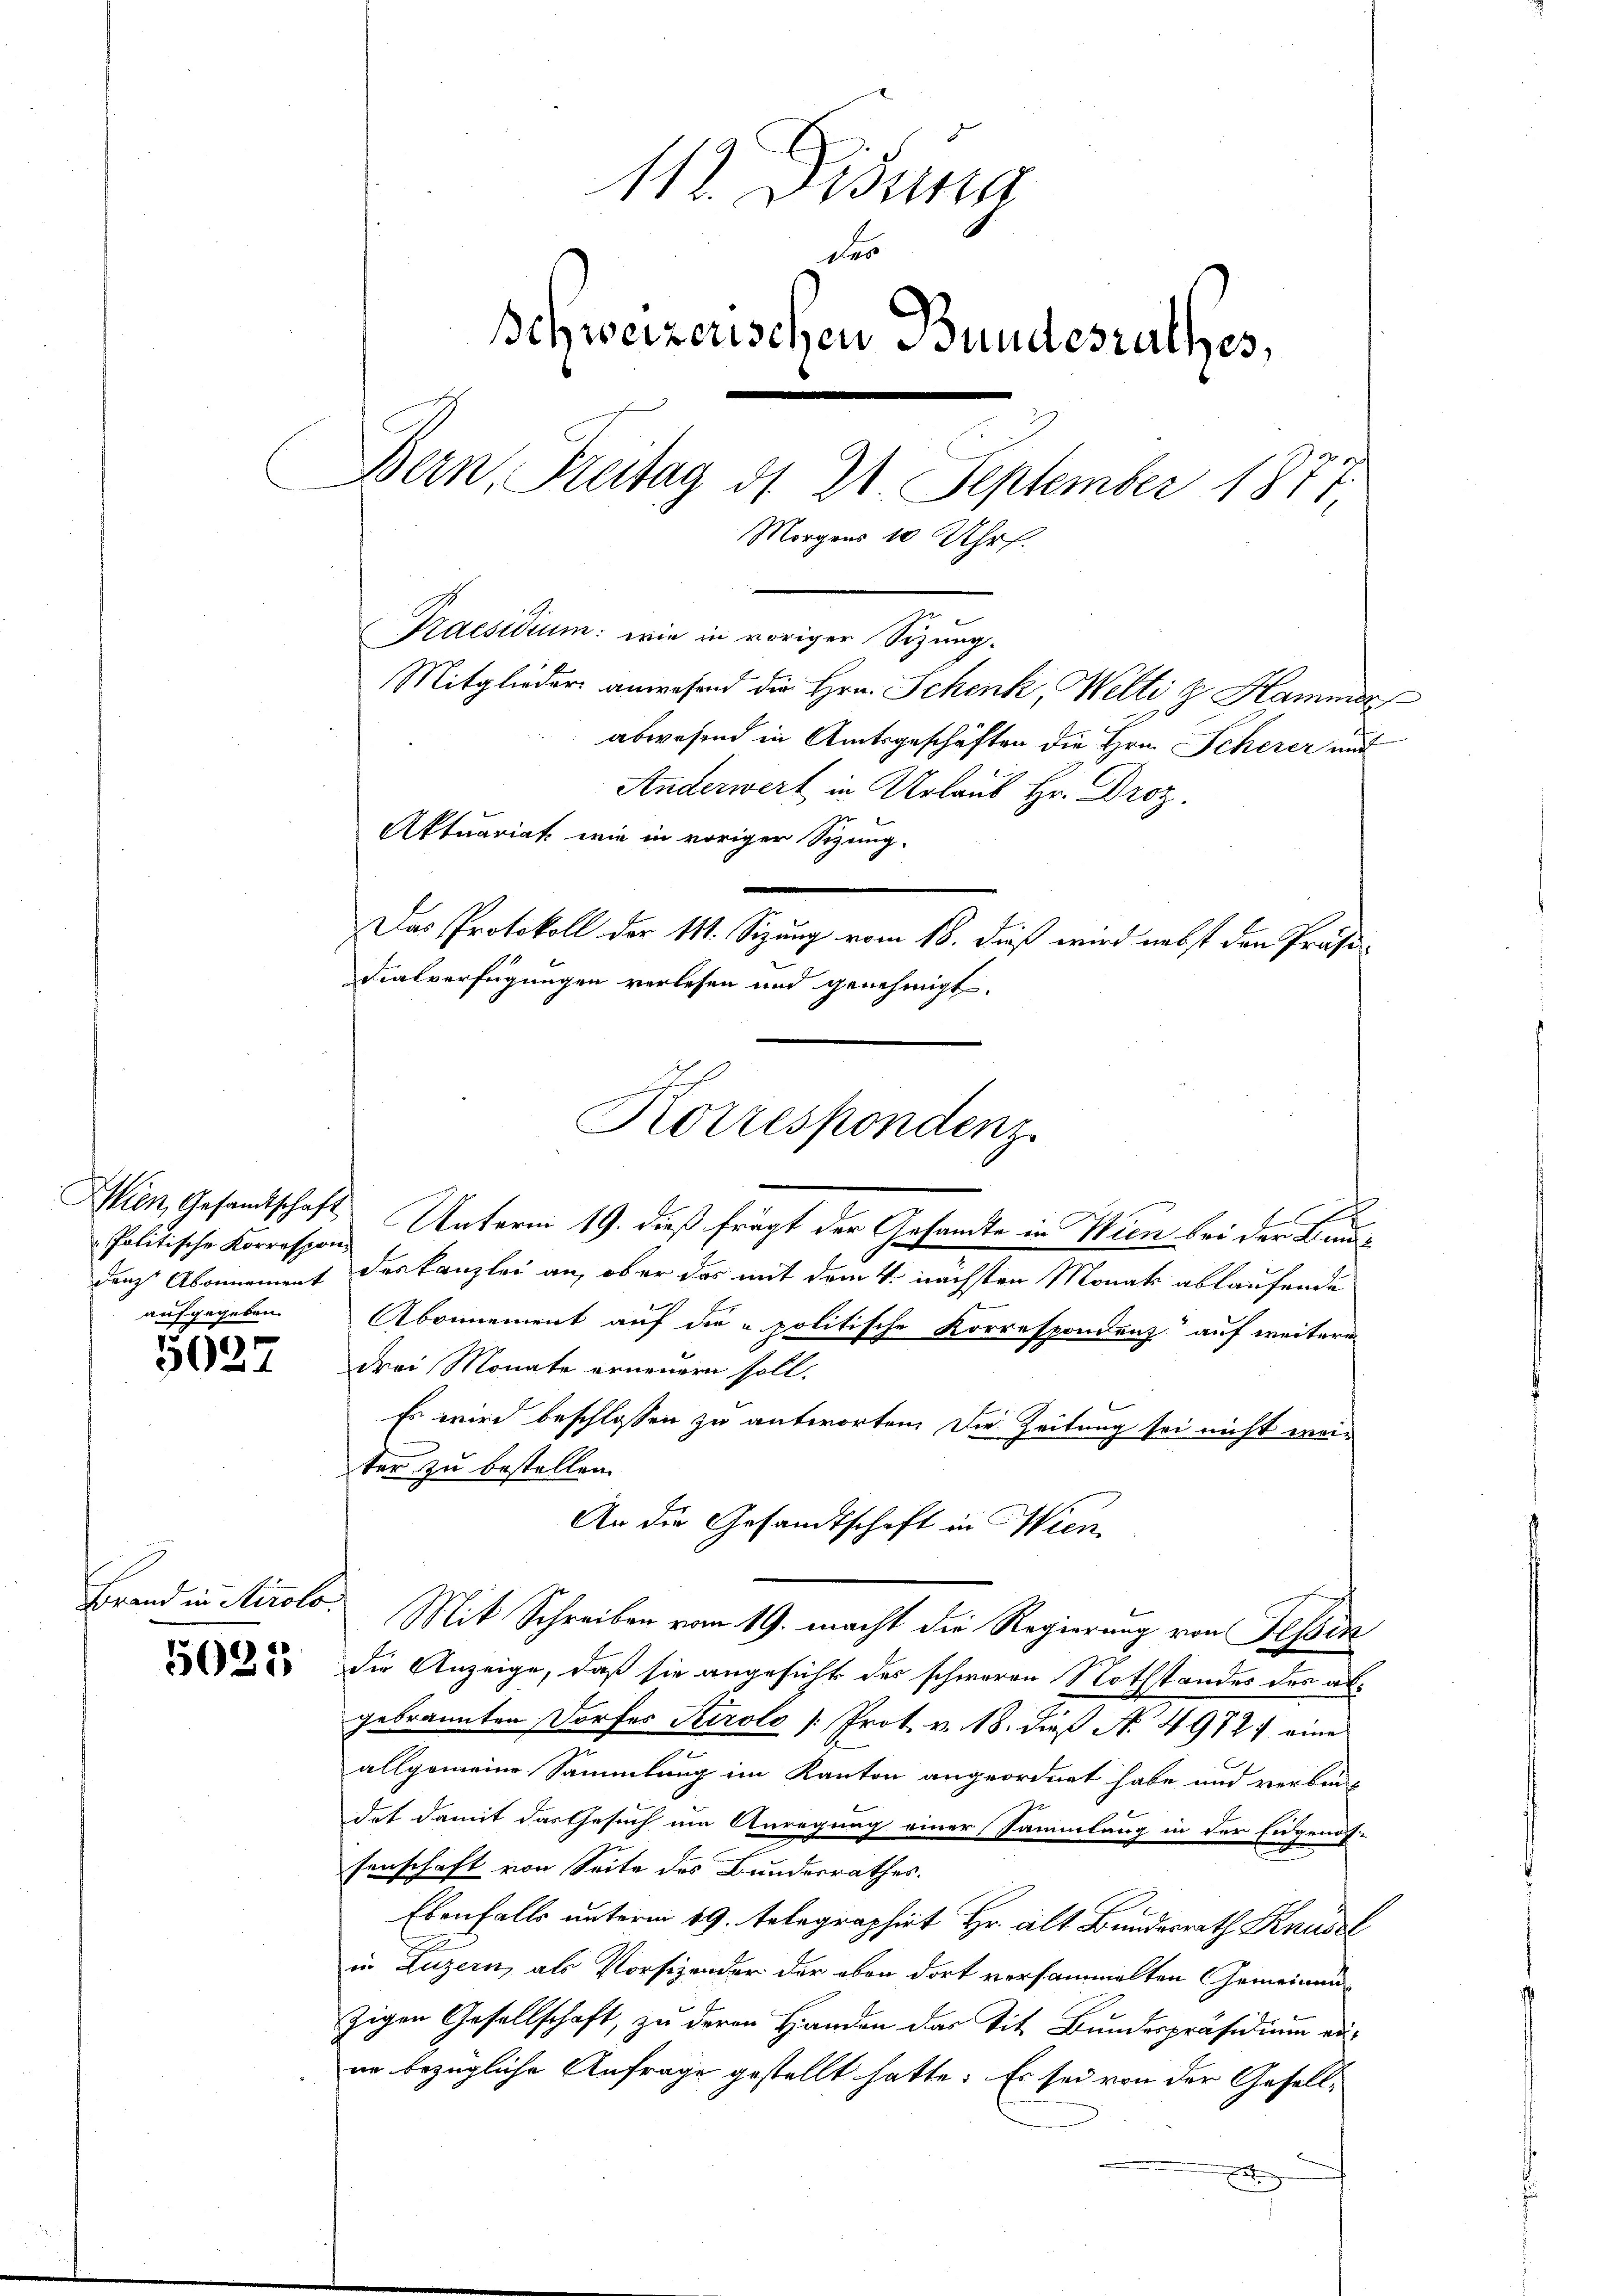
Politische Korresponaufgegeben.

5027

Brand in Airolo.

5021

112. Fisung
des
Ichweizerischen Bundesrathes,
Bern, Breitag d. 21. September 1877,
Morgens 10 Uhr.
Praesidium: wie in voriger Sizung.
Mitglieder anwesend die Hrn. Schenk, Welti & Hammer
abwesend in Amtsgeschäften die Hrn. Scherer auf
Anderwert in Urlaub Hr. Droz.
Aktuariat wie in voriger Sizung.
Das Protokoll der 111. Sitzung vom 18. dieß wird nebst den Präsidialverfügungen verlesen und genehmigt.

Wien, Gesandtschaft Unterm 19. dieß frägt der Gesandte in Wien bei der Bund
durch Abonnement des Kanzlei an, ober das mit dem 4. nächsten Monat ablaufende
Abonnement auf die „politische Korrespondenz auf weitere
drei Monate erneuern soll.
Es wird beschlossen zu antworten. Die Zeitung sei nicht weiter zu bestellen.
An die Gesandtschaft in Wien
Mit Schreiben vom 19. macht die Regierung von Tessin
die Anzeige, daß sie angesicht des schweren Nothstandes des algebrannten Dorfes Stirolo [Prot. v. 18. dieß N. 49727 eine
m
allgemeine Sammlung im Kanton angeordnet habe und verbin-
det damit das Gesuch um Anregung einer Sammlung in der Eidgenos-
senschaft von Seite des Bundesrathes.
Ebenfalls unterm 19. telegraphirt Hr. alt Bundesrath Knüsel
in Luzern, als Vorsizender der eben dort versammelten Gemeinen
zigen Gesellschaft, zu deren Handen das Tit. Bundespräsidium aus
er bezügliche Anfrage gestellt hatte. Es sei von der Gesellx

Korrespondenz